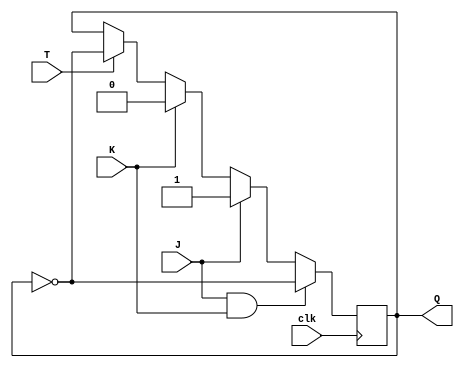
module t_ff_with_jk (
    input wire J,
    input wire K,
    input wire T,
    input wire clk,
    output reg Q
);

reg Q_bar;

always @(posedge clk) begin
    if (J && K) begin
        // toggle the flip-flop's state
        Q <= ~Q;
    end else if (J) begin
        // set output to 1
        Q <= 1;
    end else if (K) begin
        // set output to 0
        Q <= 0;
    end else if (T) begin
        // toggle the flip-flop's state
        Q <= ~Q;
    end
end

endmodule